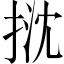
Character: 𢭽